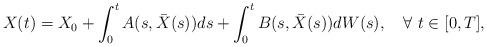
LaTeX: \begin{align*}X(t)=X_0 + \int_0^t A(s,\bar{X}(s)) ds + \int_0^t B(s,\bar{X}(s)) dW(s) , \quad\forall\ t\in [0,T],\end{align*}